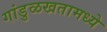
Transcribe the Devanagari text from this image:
गांडुळखतामध्ये